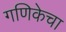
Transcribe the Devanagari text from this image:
गणिकेचा